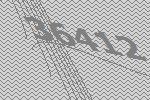
36412